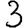
Digit: 3